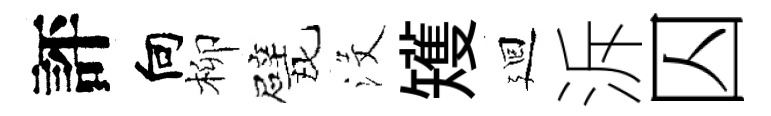
評向柳戏沒矱廻泝囚